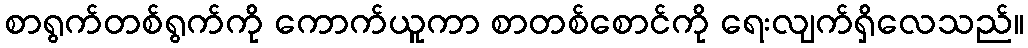
စာရွက်တစ်ရွက်ကို ကောက်ယူကာ စာတစ်စောင်ကို ရေးလျက်ရှိလေသည်။